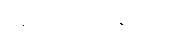
အလုပ်လုပ်နေသည့်